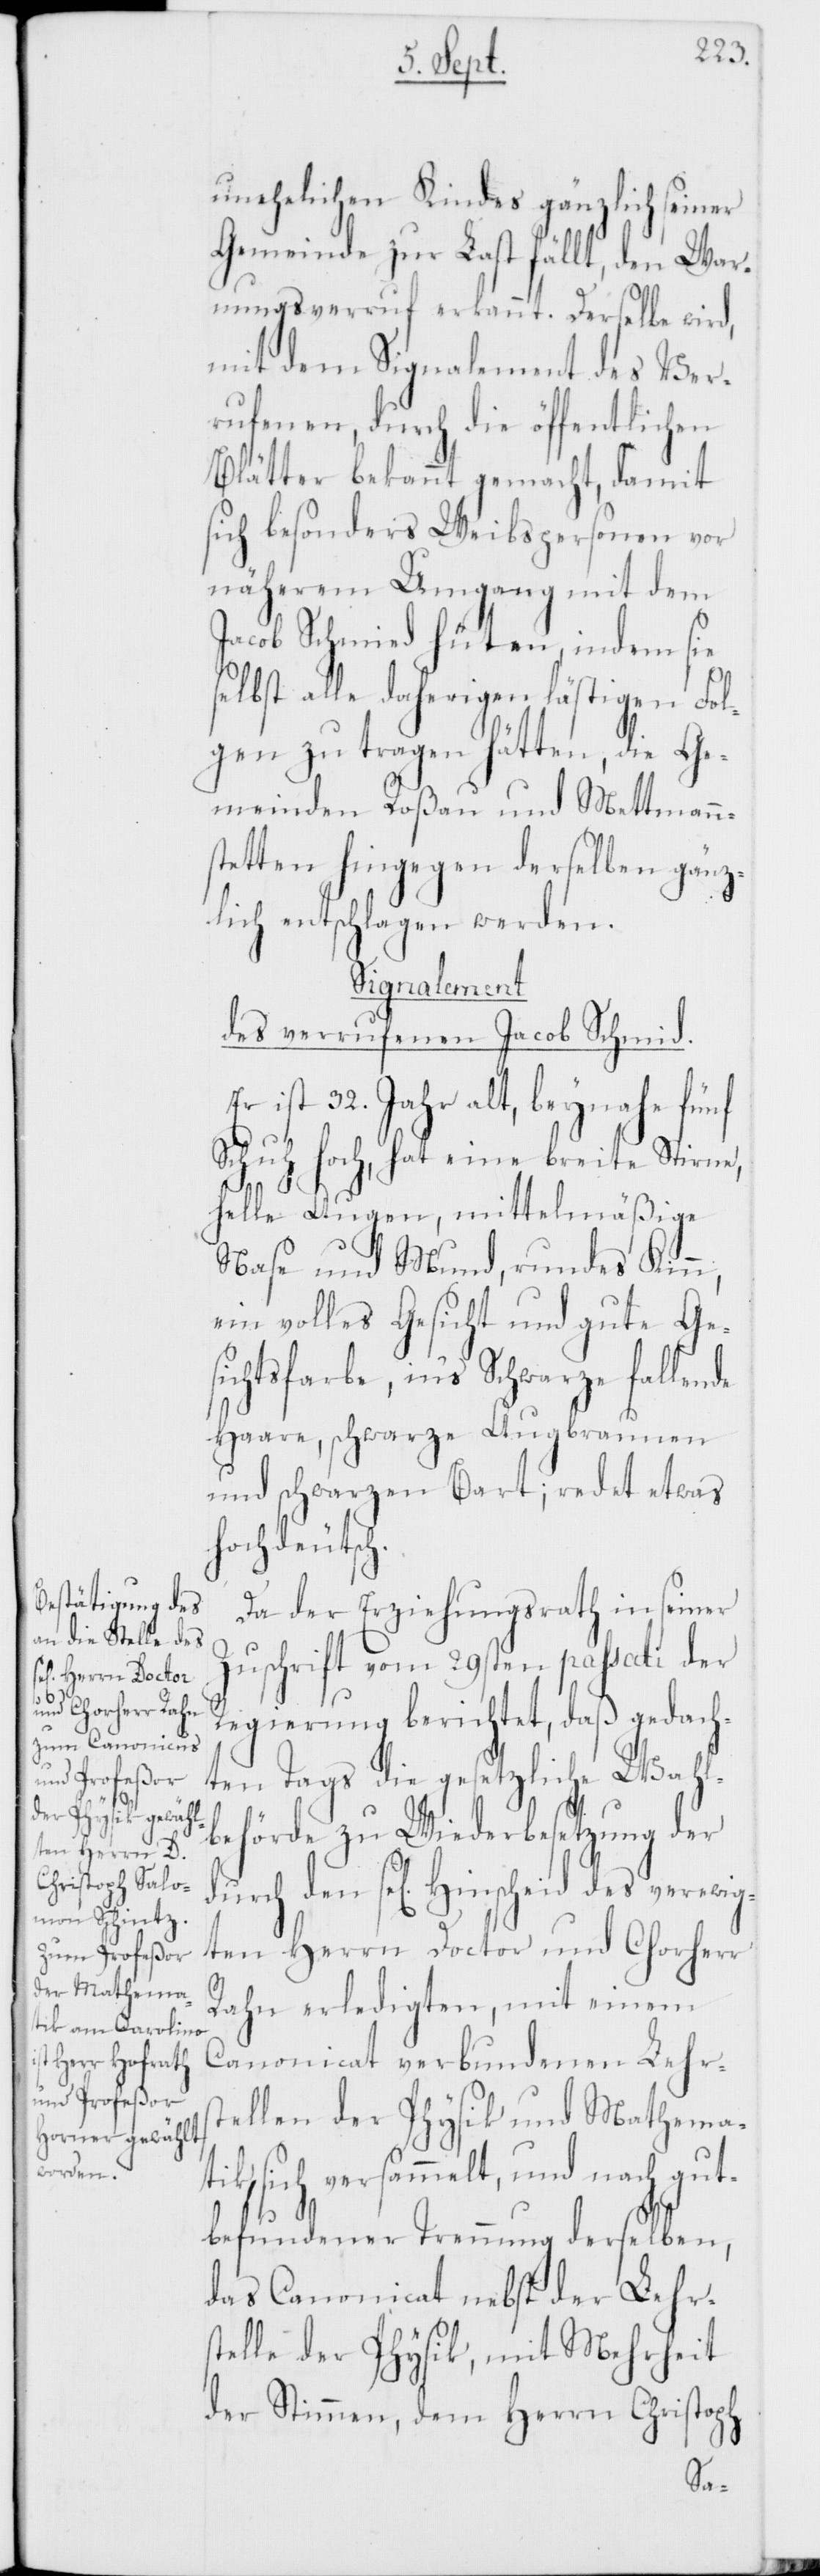
des verewig¬

unehelichen Kindes gänzlich seiner
Gemeinde zur Last fällt, den War¬
nungsverruf erkannt. Derselbe wird,
mit dem Signalement des Ver¬
rufenen, durch die öffentlichen
Blätter bekannt gemacht, damit
sich besonders Weibspersonen vor
näherem Umgang mit dem
Jacob Schmid hüten, indem sie
selbst alle daherigen lästigen Fol¬
gen zu tragen hätten, die Ge¬
meinden Roßau und Mettmann¬
stetten hingegen derselben gänz¬
lich entschlagen werden.
Signalement
des verrufenen Jacob Schmid.
Er ist 32. Jahr alt, beinahe fünf
Schuh hoch, hat eine breite Stirne,
helle Augen, mittelmäßige
Nasen und Mund, rundes Kinn,
ein volles Gesicht und gute Ge¬
sichtsfarbe, ins Schwarze fallende
Haare, schwarze Augenbrauen
und schwarzen Bart; redet etwas
hochdeutsch.
Da der Erziehungsrath in seiner
Zuschrift vom 29sten passati der
Regierung berichtet, daß gedach¬
ten Tags die gesetzliche Wahl¬
behörde zu Wiederbesetzung der
ten Herrn Doctor und Chorherr
Rahn erledigten, mit einem
Canonicat verbundenen Lehrs¬
tellen der Physik und Mathema¬
tik, sich versammelt, und nach gut¬
befundener Trennung derselben,
das Canonicat nebst der Lehrs¬
telle der Physik, mit Mehrheit
der Stimmen, dem Herrn Christoph